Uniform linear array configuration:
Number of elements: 4
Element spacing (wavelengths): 0.75
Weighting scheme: hamming
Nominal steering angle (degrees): -45
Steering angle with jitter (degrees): -45.889
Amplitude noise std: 0.05
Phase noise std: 0.05

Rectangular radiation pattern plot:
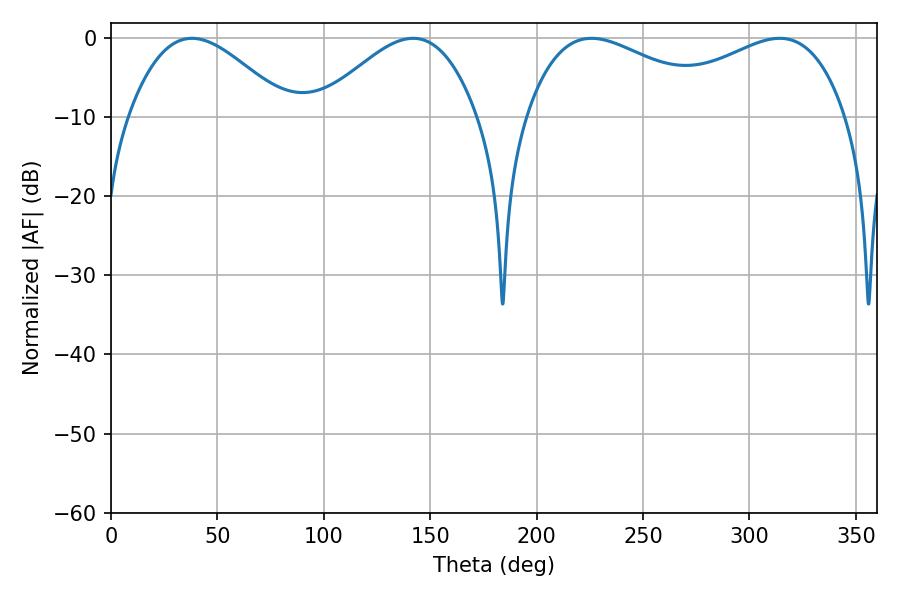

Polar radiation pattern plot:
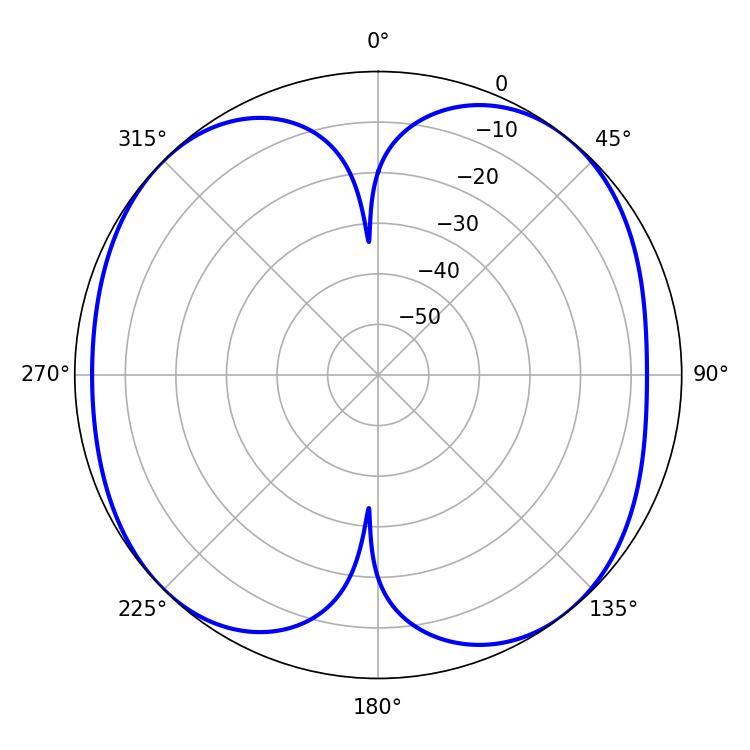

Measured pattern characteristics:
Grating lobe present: TRUE
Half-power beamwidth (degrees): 40.32
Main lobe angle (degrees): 37.98